Voru_kinnistusamet, lk 14
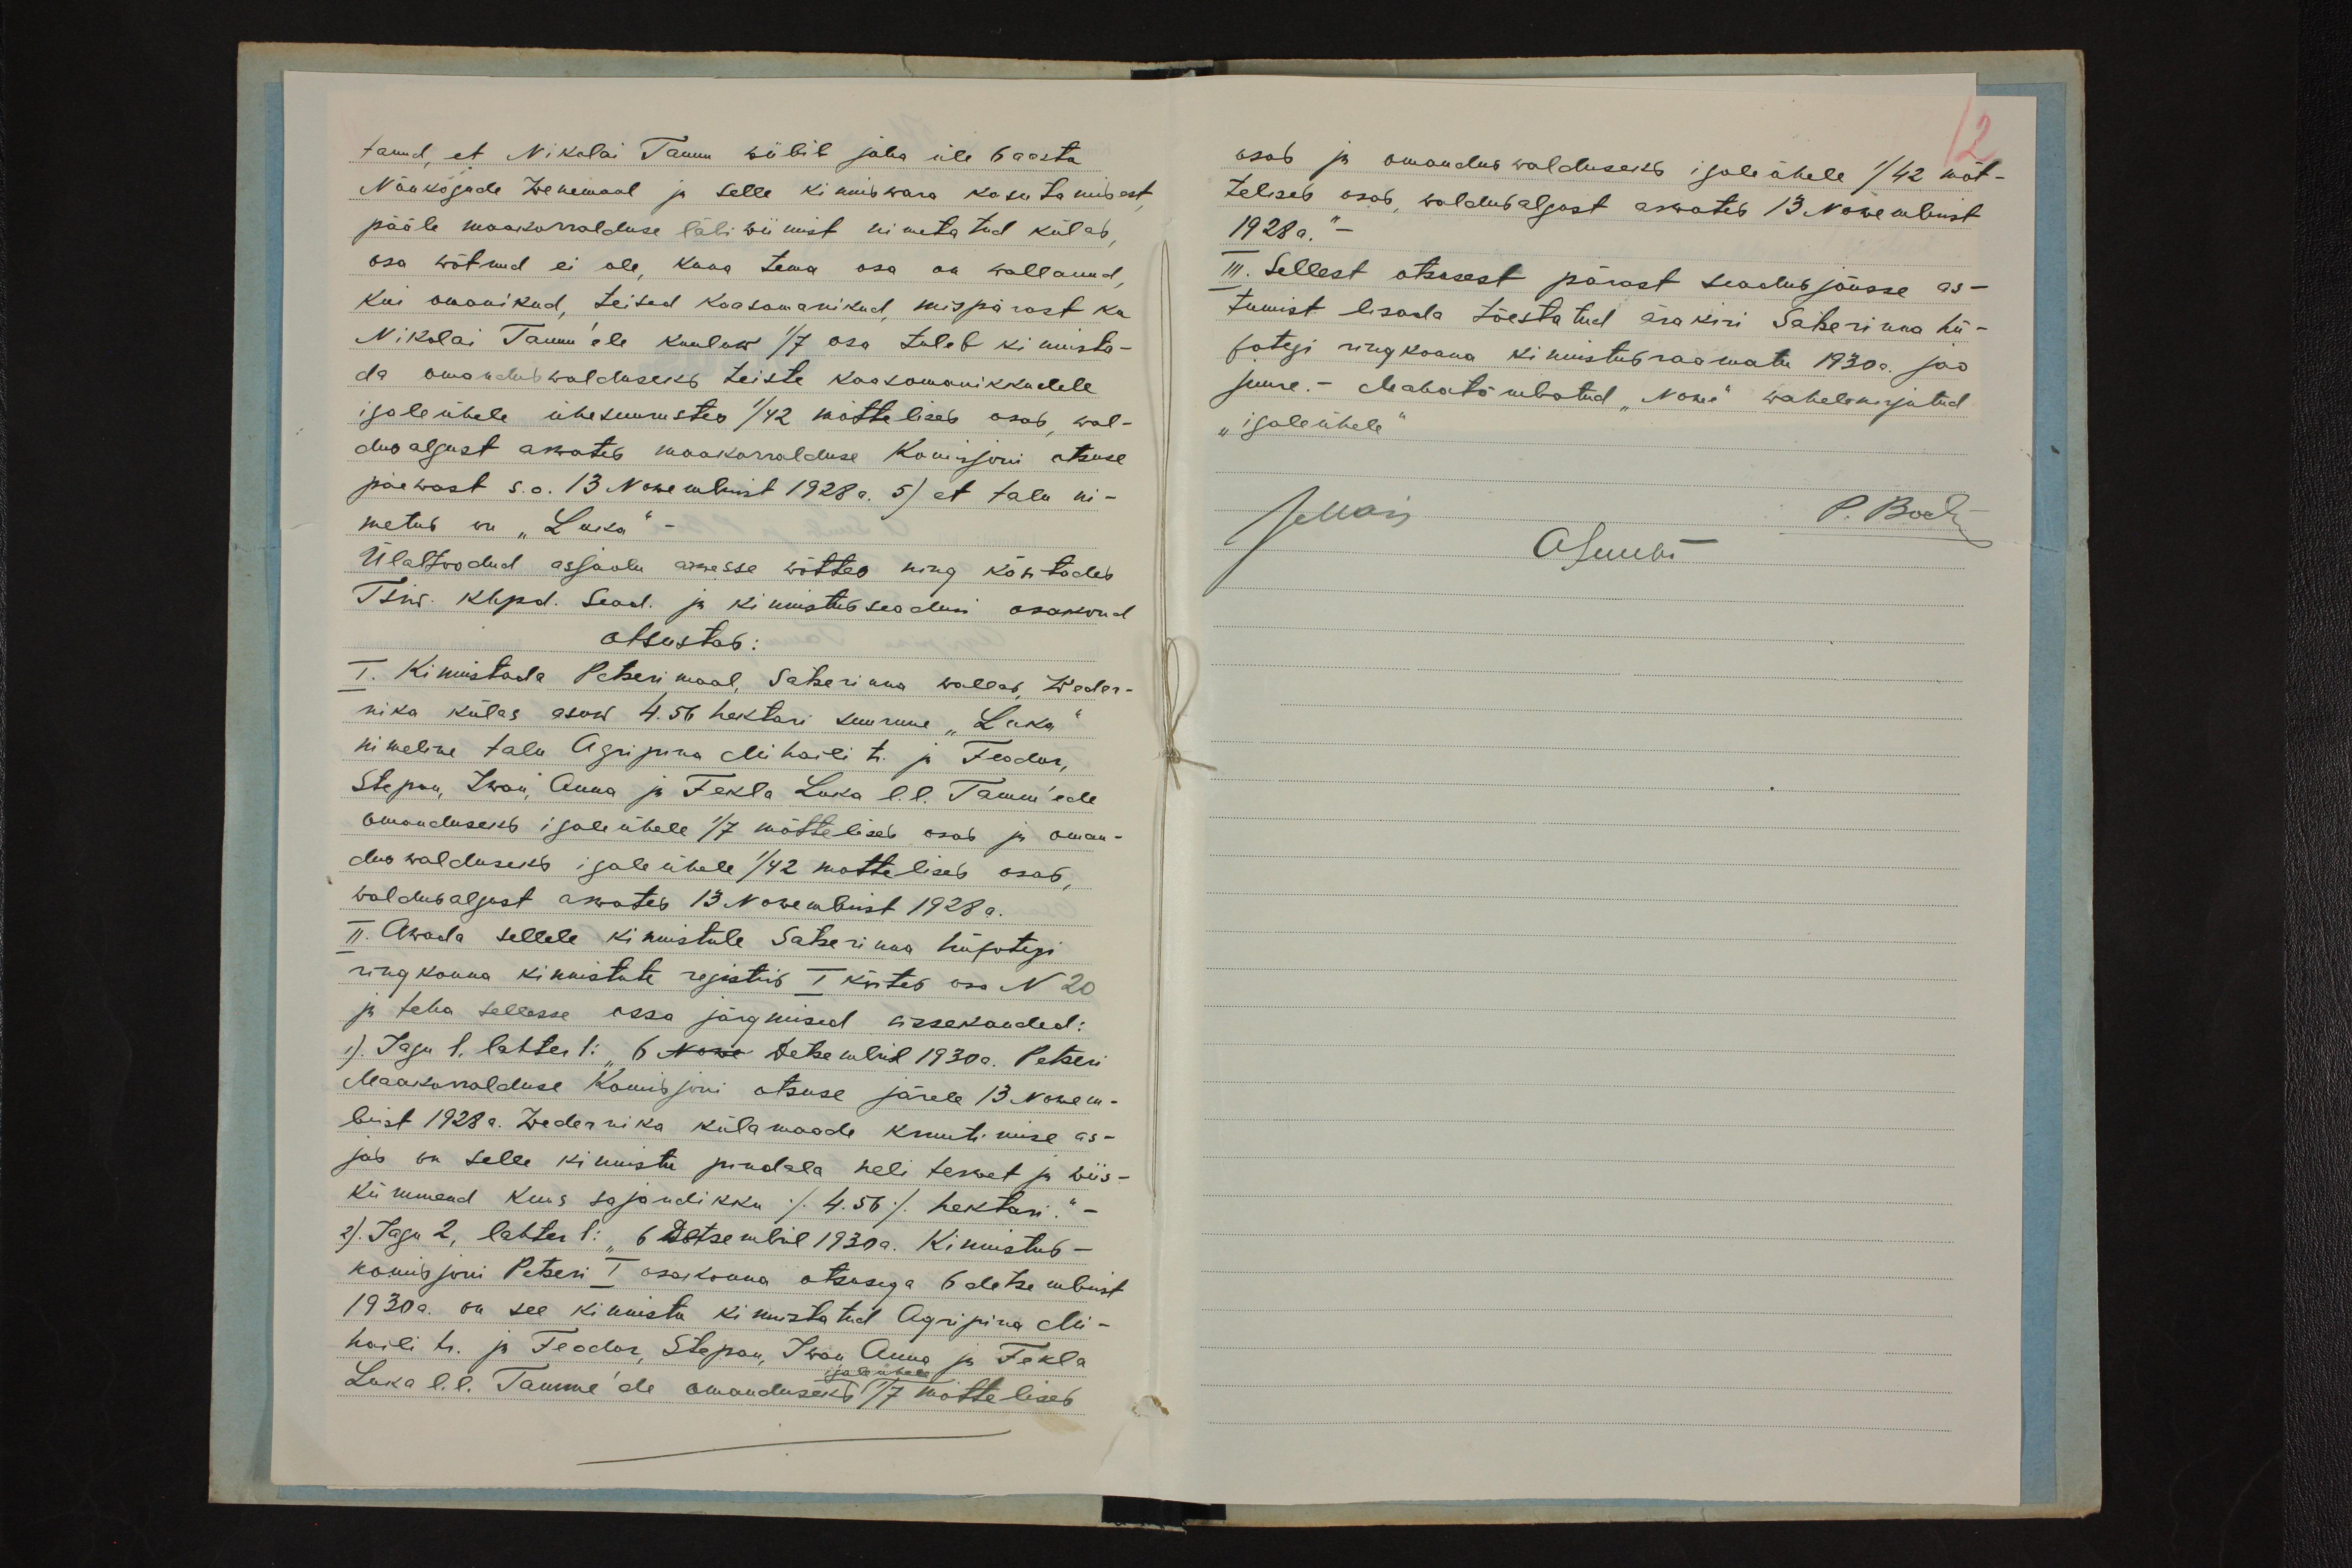
tanud, et Nikolai Tamm wiibib juba üle 6 aasta
Nõukogude Wenemaal ja selle kinniswara kasutamisest,
pääle maakorralduse läbi wiimist nimetatud külas,
osa wõtnud ei ole, kaua tema osa on wallanud,
kus omanikud, teised kaasomanikud, mispärast ka
Nikolai Tamm'ele kuuluw 1/7 osa tuleb kinnista-
da omanduswalduseks teiste kaaskomanikkudele
igale ühele ühesuurustes 1/42 mõttelises osas wal-
dus algust arwates maakorralduse Komisjoni otsuse
päewast s.o. 13. Nowembrist 1928 a. 5) et talu ni-
metus on "Laka"
Ülaltoodud asjaolu arwesse wõttes ning käsitades
Tsiw. Khpd. Sead. ja kinnistus seadusi osakond
otsustas:
I. Kinnistada Petserimaal, Satserinna wallas, Weder-
nika külas asuw 4.56 hektari suurune "Laka
nimeline talu Agripina Mihaili tr. ja Feodor,
Stepan, Iwan, Anna ja Fekla Laka l. l. Tamm' ede
omanduseks igale ühele 1/7 mõttelises osas ja oman-
dus walduseks igale ühele 1/42 mottelises osas,
waldusalgust arwates 13 Nowembrist 1928 a.
II. Awada sellele kinnistule Satserinna hüpotegi
ringkonna kinnistute registris I köites osa N 20
ja teha sellesse ossa järgmised sissekanded:
1) Jagu 1. lahter 1: "6 Nowe Detsembril 1930a. Petseri
Maakorralduse Komisjoni otsuse järele 13 Nowem-
brist 1928. a. Wedernika külamaade kruntimise as-
ja on selle kinnistu pindala neli terwet ja wiis-
kümmend kuus sajandikku /4.56/ hektari."
2) Jagu 2, lahter 1: "6 Detsembril 1930a. Kinnistus-
komisjoni Petseri I osakonna otsusega 6 detsembrist
1930a. on see kinnistu kinnistatud Agripina Mi-
haili tr. ja Feodor, Stepan, Iwan, Anna ja Fekla
Laka l.l. Tamme`de omanduseks 1/7 mõttelises
igale ühele

12
osas ja omandus walduseks igale ühele 1/42 mõt-
telises osas, waldusalgust arwates 13 Nowembrist
1928 a."-
III. Sellest otsusest pärast seadus jõusse as-
tumist lisada tõestatud ärakiri Satserinna hü-
potegi ringkonna kinnistusraamatu 1930 a. jao
juure. - Mahatõmbatud "Nowe" wahelekirjutud
"igale ühele
JMais
P. Bock
ASuubi